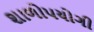
શાળોપયોગી